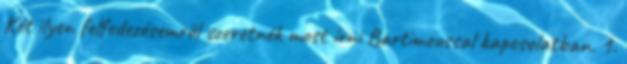
Két ilyen felfedezésemről szeretnék most írni Bartimeussal kapcsolatban. 1.